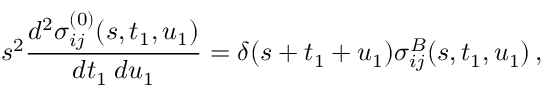
s ^ { 2 } \frac { d ^ { 2 } \sigma _ { i j } ^ { ( 0 ) } ( s , t _ { 1 } , u _ { 1 } ) } { d t _ { 1 } \: d u _ { 1 } } = \delta ( s + t _ { 1 } + u _ { 1 } ) \sigma _ { i j } ^ { B } ( s , t _ { 1 } , u _ { 1 } ) \, ,